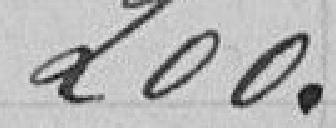
200